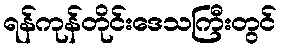
ရန်ကုန်တိုင်းဒေသကြီးတွင်